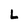
Character: L